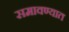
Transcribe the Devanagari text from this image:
समावण्यात